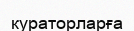
кураторларға